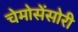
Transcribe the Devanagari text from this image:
चेमोसेंसोरी